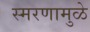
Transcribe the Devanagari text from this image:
स्‍मरणामुळे